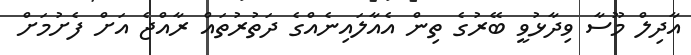
އާދިލް މޫސާ ވިދާޅުވީ ބޭރުގެ ތިން އެއާލައިނެއްގެ ދަތުރުތައް ރާއްޖެ އަށް ފެށުމަށް